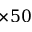
\times 5 0